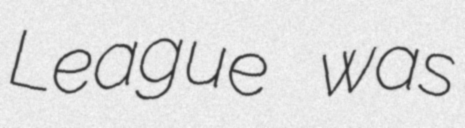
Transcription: League was